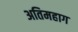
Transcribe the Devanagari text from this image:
अतिमहाग